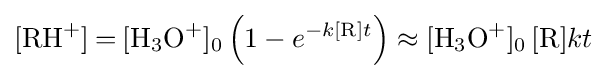
{\ce {[RH+] = [H3O+]0}}\left(1-e^{-k[{\ce {R}}]t}\right)\approx {\ce {[H3O+]0 [R]}}kt